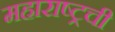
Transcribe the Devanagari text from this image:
महाराष्ट्रची